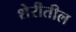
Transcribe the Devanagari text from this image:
शेरीतील